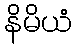
နိမိယံ